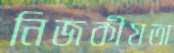
নিজকীয়তা